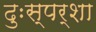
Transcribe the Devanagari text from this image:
दुःस्पर्शा